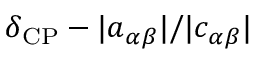
\delta _ { \mathrm { C P } } - | a _ { \alpha \beta } | / | c _ { \alpha \beta } |